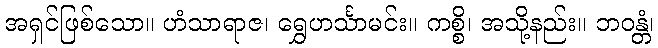
အရှင်ဖြစ်သော။ ဟံသာရာဇ၊ ရွှေဟင်္သာမင်း။ ကစ္စိ၊ အသို့နည်း။ ဘဝန္တံ၊